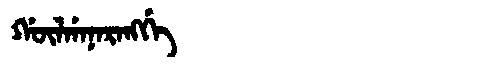
Manchu: ᡤᡡᠯᡤᠠᠨᠠᡵᠠᠩᡤᡝ
Romanization: GŪLGANARANGGE